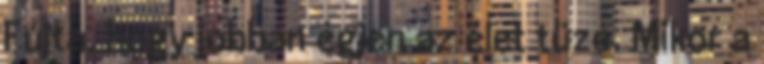
Fújta, hogy jobban égjen az élet tüze. Mikor a